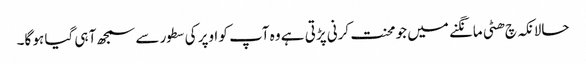
حالانکہ چ ھٹی مانگنے میں جو محنت کرنی پڑتی ہے وہ آپ کو اوپر کی سطور سے سمجھ آ ہی گیا ہو گا۔